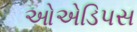
ઓએડિપસ